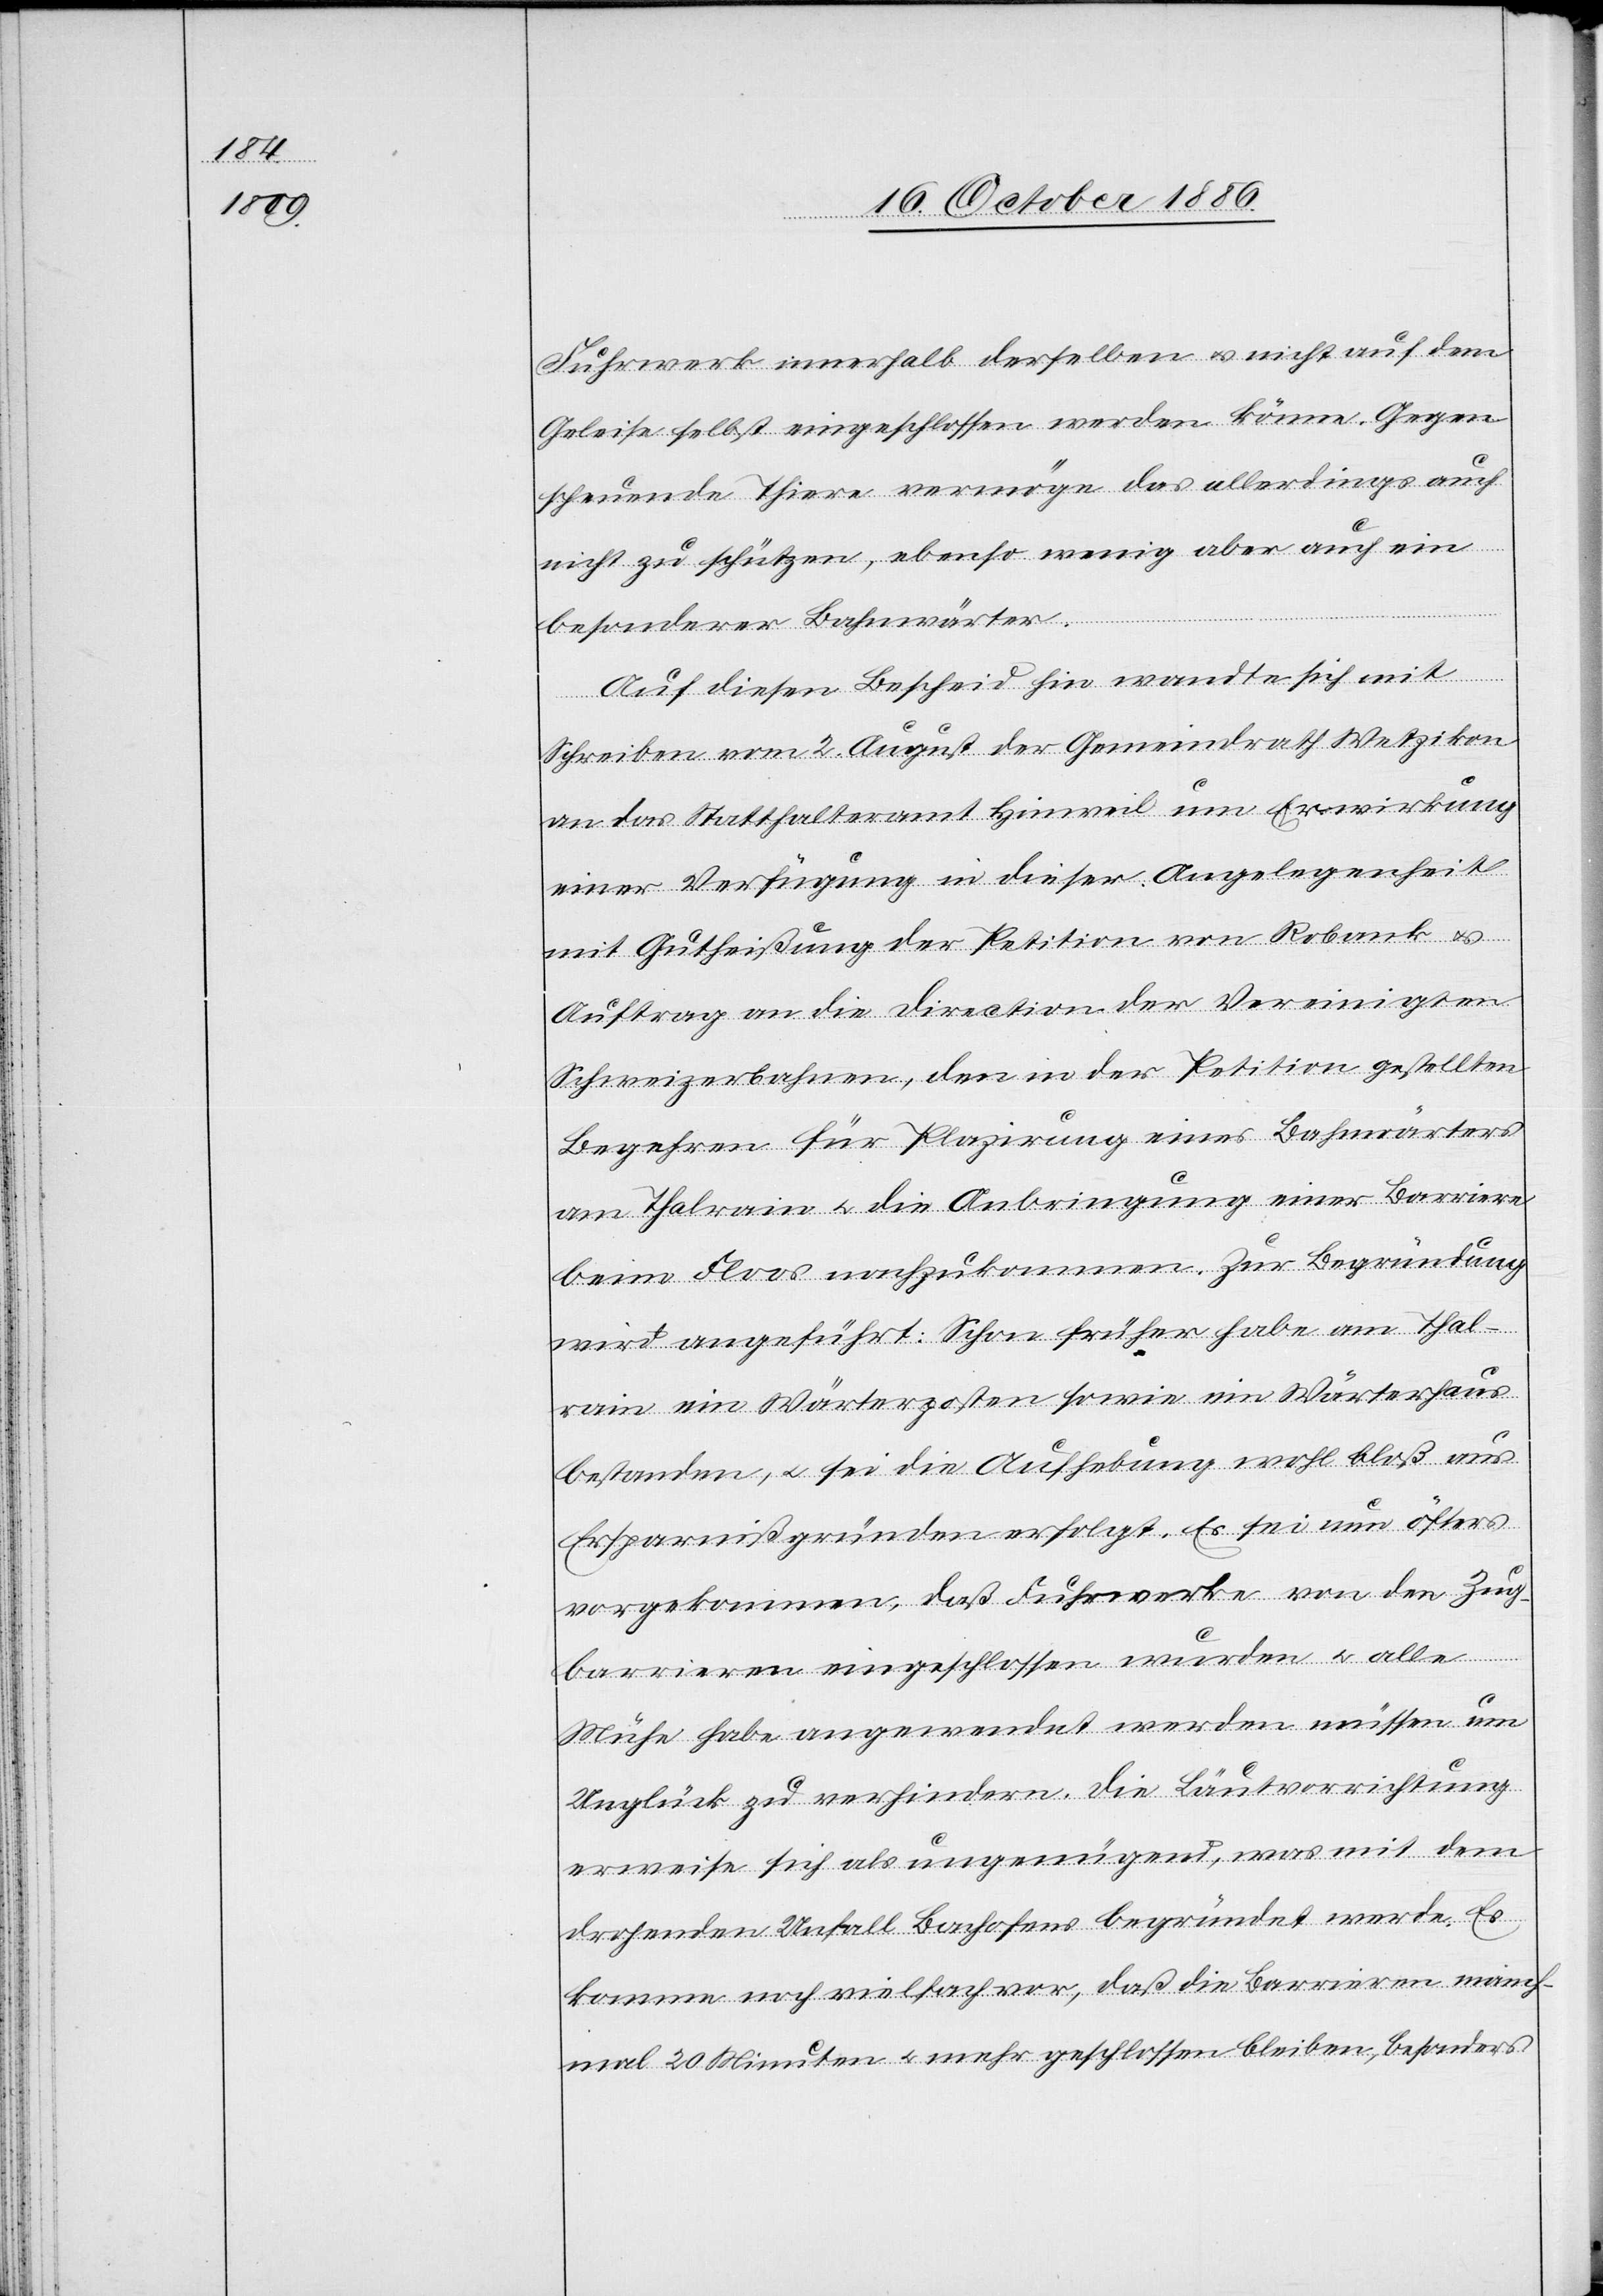
Fuhrwerk innerhalb derselben & nicht auf dem
Geleise selbst eingeschlossen werden könne. Gegen
scheuende Thiere vermöge das allerdings auch
nicht zu schützen, ebenso wenig aber auch ein
besonderer Bahnwärter.
Auf diesen Bescheid hin wandte sich mit
Schreiben vom 2. August der Gemeindrath Wetzikon
an das Statthalteramt Hinweil um Erwirkung
einer Verfügung in dieser Angelegenheit
mit Gutheißung der Petition von Robank &
Auftrag an die Direction der Vereinigten
Schweizerbahnen, den in der Petition gestellten
Begehren für Plazirung eines Bahnwärters
am Thalrain & die Anbringung einer Barriere
beim Floos nachzukommen. Zur Begründung
wird angeführt: Schon früher habe am Thal¬
rain ein Wärterposten sowie ein Wärterhaus
bestanden, & sei die Aufhebung wohl bloß aus
Ersparnißgründen erfolgt. Es sei nun öfters
vorgekommen, daß Fuhrwerke von den Zug¬
barrieren eingeschlossen wurden & alle
Mühe habe angewendet werden müssen um
Unglück zu verhindern. Die Läutvorrichtung
erweise sich als ungenügend, was mit dem
drohenden Unfall Bachofens begründet werde. Es
komme noch vielfach vor, daß die Barrieren manch¬
mal 20 Minuten & mehr geschlossen bleiben, besonders